Scientific memoirs by medical officers of the Army of India - Part I,
Year: 1884
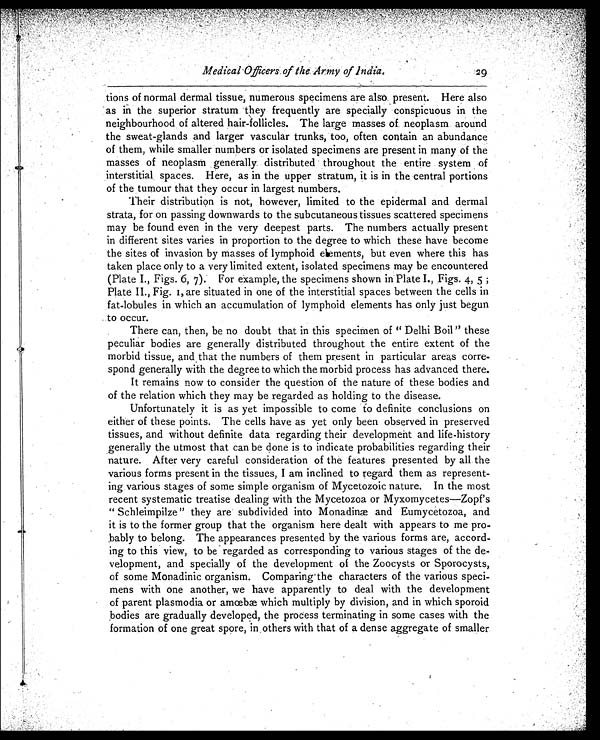
Medical Officers of the Army of India.
29
tions of normal dermal tissue, numerous specimens are also present. Here also
as in the superior stratum they frequently are specially conspicuous in the
neighbourhood of altered hair-follicles. The large masses of neoplasm around
the sweat-glands and larger vascular trunks, too, often contain an abundance
of them, while smaller numbers or isolated specimens are present in many of the
masses of neoplasm generally distributed throughout the entire system of
interstitial spaces. Here, as in the upper stratum, it is in the central portions
of the tumour that they occur in largest numbers.
Their distribution is not, however, limited to the epidermal and dermal
strata, for on passing downwards to the subcutaneous tissues scattered specimens
may be found even in the very deepest parts. The numbers actually present
in different sites varies in proportion to the degree to which these have become
the sites of invasion by masses of lymphoid elements, but even where this has
taken place only to a very limited extent, isolated specimens may be encountered
(Plate I., Figs. 6, 7). For example, the specimens shown in Plate I., Figs. 4, 5;
Plate II., Fig. 1, are situated in one of the interstitial spaces between the cells in
fat-lobules in which an accumulation of lymphoid elements has only just begun
to occur.
There can, then, be no doubt that in this specimen of "Delhi Boil" these
peculiar bodies are generally distributed throughout the entire extent of the
morbid tissue, and that the numbers of them present in particular areas corre
- s p o n d g e n e r a l l y w i t h t h e d e g r e e t o w h i c h t h e m o r b i d p r o c e s s h a s a d v a n c e d t h e r e .
It remains now to consider the question of the nature of these bodies and
of the relation which they may be regarded as holding to the disease.
Unfortunately it is as yet impossible to come to definite conclusions on
either of these points. The cells have as yet only been observed in preserved
tissues, and without definite data regarding their development and life-history
generally the utmost that can be done is to indicate probabilities regarding their
nature. After very careful consideration of the features presented by all the
various forms present in the tissues, I am inclined to regard them as represent
- i n g v a r i o u s s t a g e s o f s o m e s i m p l e o r g a n i s m o f M y c e t o z o i c n a t u r e . I n t h e m o s t
recent systematic treatise dealing with the Mycetozoa or Myxomycetes—Zopf's
"Schleimpilze" they are subdivided into Monadinæ and Eumycetozoa, and
it is to the former group that the organism here dealt with appears to me pro
-bably to belong. The appearances presented by the various forms are, accord
-ing to this view, to be regarded as corresponding to various stages of the de
- v e l o p m e n t , a n d s p e c i a l l y o f t h e d e v e l o p m e n t o f t h e Z o o c y s t s o r S p o r o c y s t s ,
of some Monadinic organism. Comparing the characters of the various speci
- m e n s w i t h o n e a n o t h e r , w e h a v e a p p a r e n t l y t o d e a l w i t h t h e d e v e l o p m e n t
of parent plasmodia or amœbæ which multiply by division, and in which sporoid
bodies are gradually developed, the process terminating in some cases with the
formation of one .great spore, in others with that of a dense aggregate of smaller